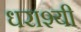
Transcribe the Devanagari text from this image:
धराश्यी